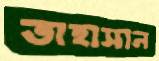
তাহাসান